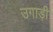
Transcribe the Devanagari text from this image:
उगाड़ी